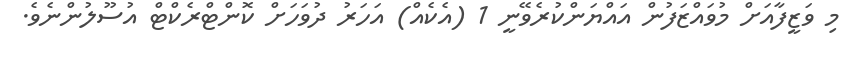
މި ވަޒީފާއަށް މުވައްޒަފުން އައްޔަންކުރެވޭނީ 1 (އެކެއް) އަހަރު ދުވަހަށް ކޮންޓްރެކްޓް އުސޫލުންނެވެ.